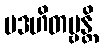
ပဒဟိတဗ္ဗန္တိ